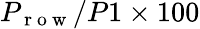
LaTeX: P_{\mathrm{~r~o~w~}}/P1\times 100